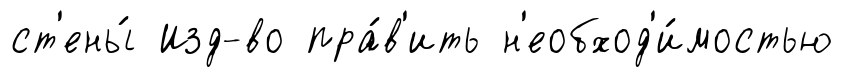
ст'ены́ Изд-во пра́в'ить н'еобход'и́мостью